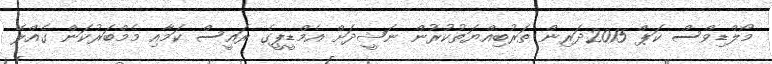
މޯލްޑިވްސް ކަޕް 2015ދަރިން ތަރުބިއްޔަތުކުރުން ނަޝީދަށް އެމްޑީޕީގެ ރައީސް ކަމާއި މެމްބަރުކަން ގެއްލޭ